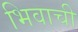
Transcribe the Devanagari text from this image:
भिवाची